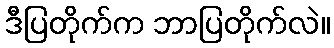
ဒီပြတိုက်က ဘာပြတိုက်လဲ။